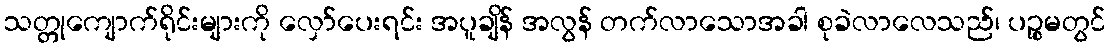
သတ္တုကျောက်ရိုင်းများကို လှော်ပေးရင်း အပူချိန် အလွန် တက်လာသောအခါ စုခဲလာလေသည်၊ ပဉ္စမတွင်